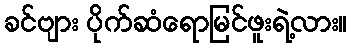
ခင်ဗျား ပိုက်ဆံရောမြင်ဖူးရဲ့လား။